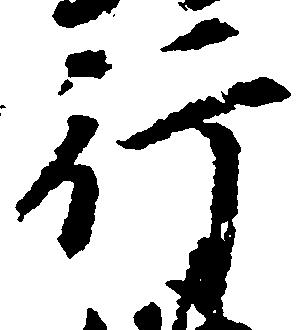
行